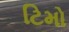
ટિમો